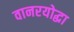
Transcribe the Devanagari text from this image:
वानरयोद्धा